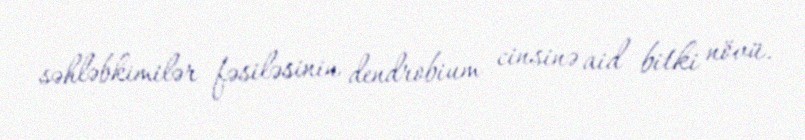
səhləbkimilər fəsiləsinin dendrobium cinsinə aid bitki növü.